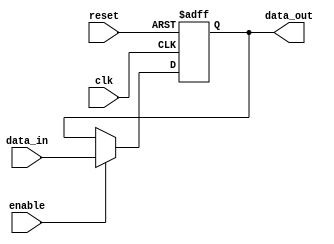
module parameterized_register #(
    parameter WIDTH = 8  // Parameter to define the width of the register
)(
    input wire clk,          // Clock signal
    input wire reset,        // Asynchronous reset signal
    input wire [WIDTH-1:0] data_in, // Input data signal
    input wire enable,       // Control signal to load data
    output reg [WIDTH-1:0] data_out // Output data signal
);

    // Always block triggered on the rising edge of the clock
    always @(posedge clk or posedge reset) begin
        if (reset) begin
            // If reset is asserted, initialize the register to zero
            data_out <= {WIDTH{1'b0}}; // Initialize to zero
        end else if (enable) begin
            // If enable is asserted, load the input data into the register
            data_out <= data_in;
        end
        // If enable is not asserted, retain the previous value (no action needed)
    end

endmodule